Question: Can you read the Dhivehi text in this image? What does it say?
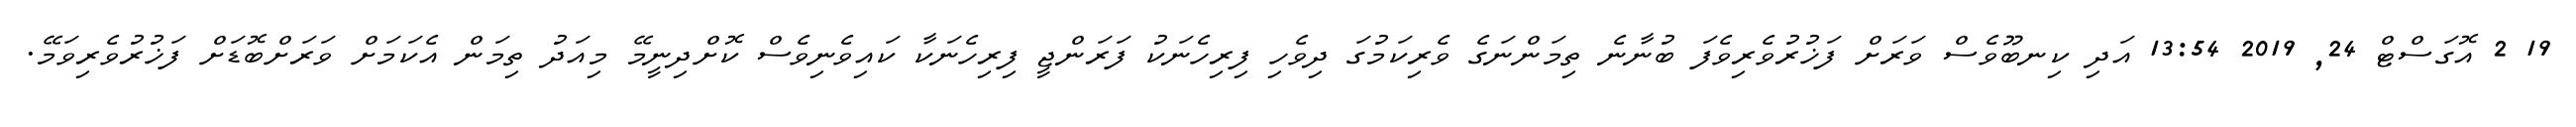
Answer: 19 2 އޮގަސްޓް 24, 2019 13:54 އަދި ކިނބޫވެސް ވަރަށް ފަޚުރުވެރިވެފަ ބުނާނެ ތިމަންނަގެ ވެރިކަމުގަ ދިވެހި ފިރިހެނަކު ފަރަންޖީ ފިރިހެނަކާ ކައިވެނިވެސް ކޮށްދިނީމޭ މިއަދު ތިމަން އެކަމަށް ވަރަށްބޮޑަށް ފަޚުރުވެރިވަމޭ.